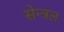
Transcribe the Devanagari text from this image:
सेन्त्रल